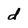
Character: d